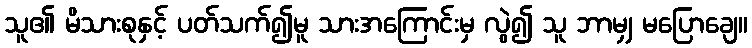
သူ၏ မိသားစုနှင့် ပတ်သက်၍မူ သားအကြောင်းမှ လွဲ၍ သူ ဘာမျှ မပြောချေ။